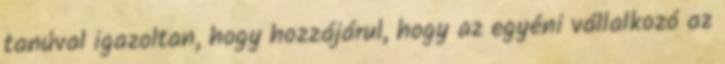
tanúval igazoltan, hogy hozzájárul, hogy az egyéni vállalkozó az